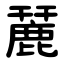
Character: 麉